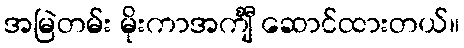
အမြဲတမ်း မိုးကာအင်္ကျီ ဆောင်ထားတယ်။